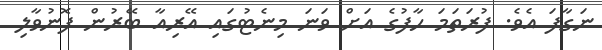
ނަގާފަ އެވެ. ފުރަތަމަ ހާފުގެ އަށް ވަަނަ މިނެޓުގައި އޭރިއާ ބޭރުން ފޮނުވާލި